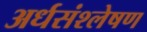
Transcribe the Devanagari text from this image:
अर्धसंश्लेषण